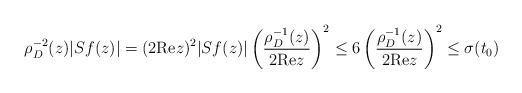
LaTeX: \begin{align*}\rho_{D}^{-2}(z) |Sf(z)| &= (2{\rm Re}z)^2 |Sf(z)| \left(\frac{\rho_D^{-1}(z)}{2{\rm Re}z}\right)^2\leq 6 \left(\frac{\rho_D^{-1}(z)}{2{\rm Re}z}\right)^2 \leq \sigma(t_0)\end{align*}